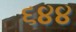
૬૪૪